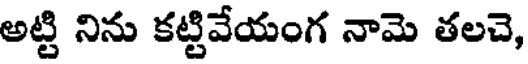
అట్టి నిను కట్టివేయంగ నామె తలచె,